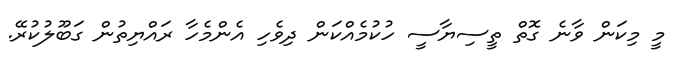
މީ މިކަން ވާނެ ގޮތް ތީސިޔާސީ ހުކުމެއްކަން ދިވެހި އެންމެހާ ރައްޔިތުން ގަބޫލުކުރޭ.